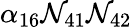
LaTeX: \alpha_{16}\mathcal{N}_{41}\mathcal{N}_{42}